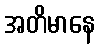
အတိမာနေ